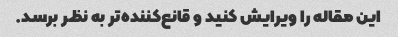
این مقاله را ویرایش کنید و قانع‌کننده‌تر به نظر برسد.